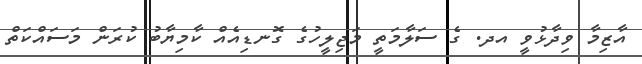
އާޒިމާ ވިދާޅުވީ އދ. ގެ ސަލާމަތީ މަޖިލީހުގެ ގޮނޑިއެއް ކާމިޔާބު ކުރަން މަސައްކަތް